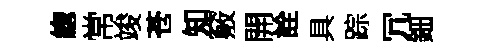
緫常竣苍知竅開詮具踪冗鈿